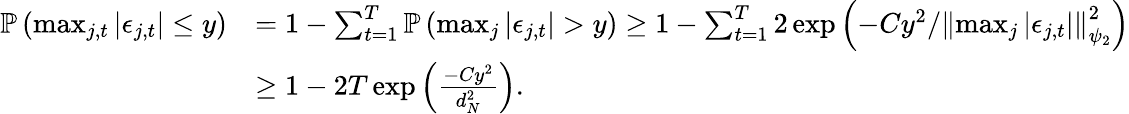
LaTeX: \begin{array}{rl}{\mathbb{P}\left(\operatorname*{max}_{j,t}\left\lvert\epsilon_{j,t}\right\rvert\leq y\right)}&{=1-\sum_{t=1}^{T}\mathbb{P}\left(\operatorname*{max}_{j}\left\lvert\epsilon_{j,t}\right\rvert>y\right)\geq 1-\sum_{t=1}^{T}2\exp\left(-Cy^{2}/\left\lVert\operatorname*{max}_{j}\left\lvert\epsilon_{j,t}\right\rvert\right\rVert_{\psi_{2}}^{2}\right)}\\ &{\geq 1-2T\exp\left(\frac{-Cy^{2}}{d_{N}^{2}}\right).}\end{array}